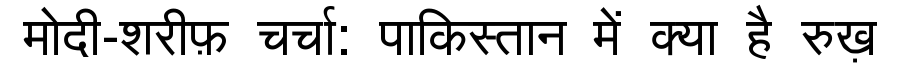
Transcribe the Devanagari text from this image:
मोदी-शरीफ़ चर्चा: पाकिस्तान में क्या है रुख़